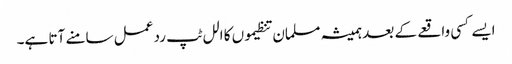
ایسے کسی واقعے کے بعد ہمیشہ مسلمان تنظیموں کا الل ٹپ رد عمل سامنے آتا ہے۔